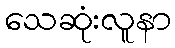
သေဆုံးလူနာ